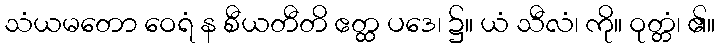
သံယမတော ဝေရံ န စီယတီတိ ဧတ္ထ ပဒေ၊ ၌။ ယံ သီလံ၊ ကို။ ဝုတ္တံ၊ ၏။